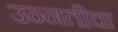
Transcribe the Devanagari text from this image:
उन्नतीचा